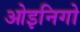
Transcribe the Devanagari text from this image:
ओइनिगो